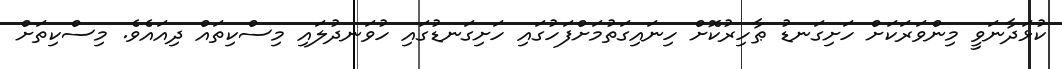
ކުޅަދާނަވީ މިންވަރަކަށް ހަށިގަނޑު ޠާހިރުކޮށް ހިނައިގަތުމަށްފަހުގައި ހަށިގަނޑުގައި ހުވަނދުލައި މިސްކިތައް ދިއައެވެ. މިސްކިތަށް